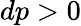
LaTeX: dp>0